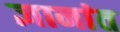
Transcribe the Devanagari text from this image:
ज्ञानांत